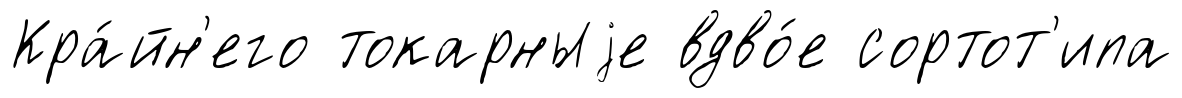
Кра́йн'его токарныjе вдво́е сортот'ипа